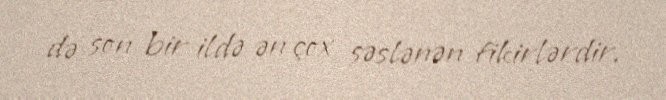
də son bir ildə ən çox səslənən fikirlərdir.